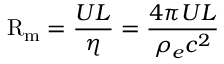
\mathrm { R } _ { \mathrm { m } } = { \frac { U L } { \eta } } = { \frac { 4 \pi U L } { \rho _ { e } c ^ { 2 } } }